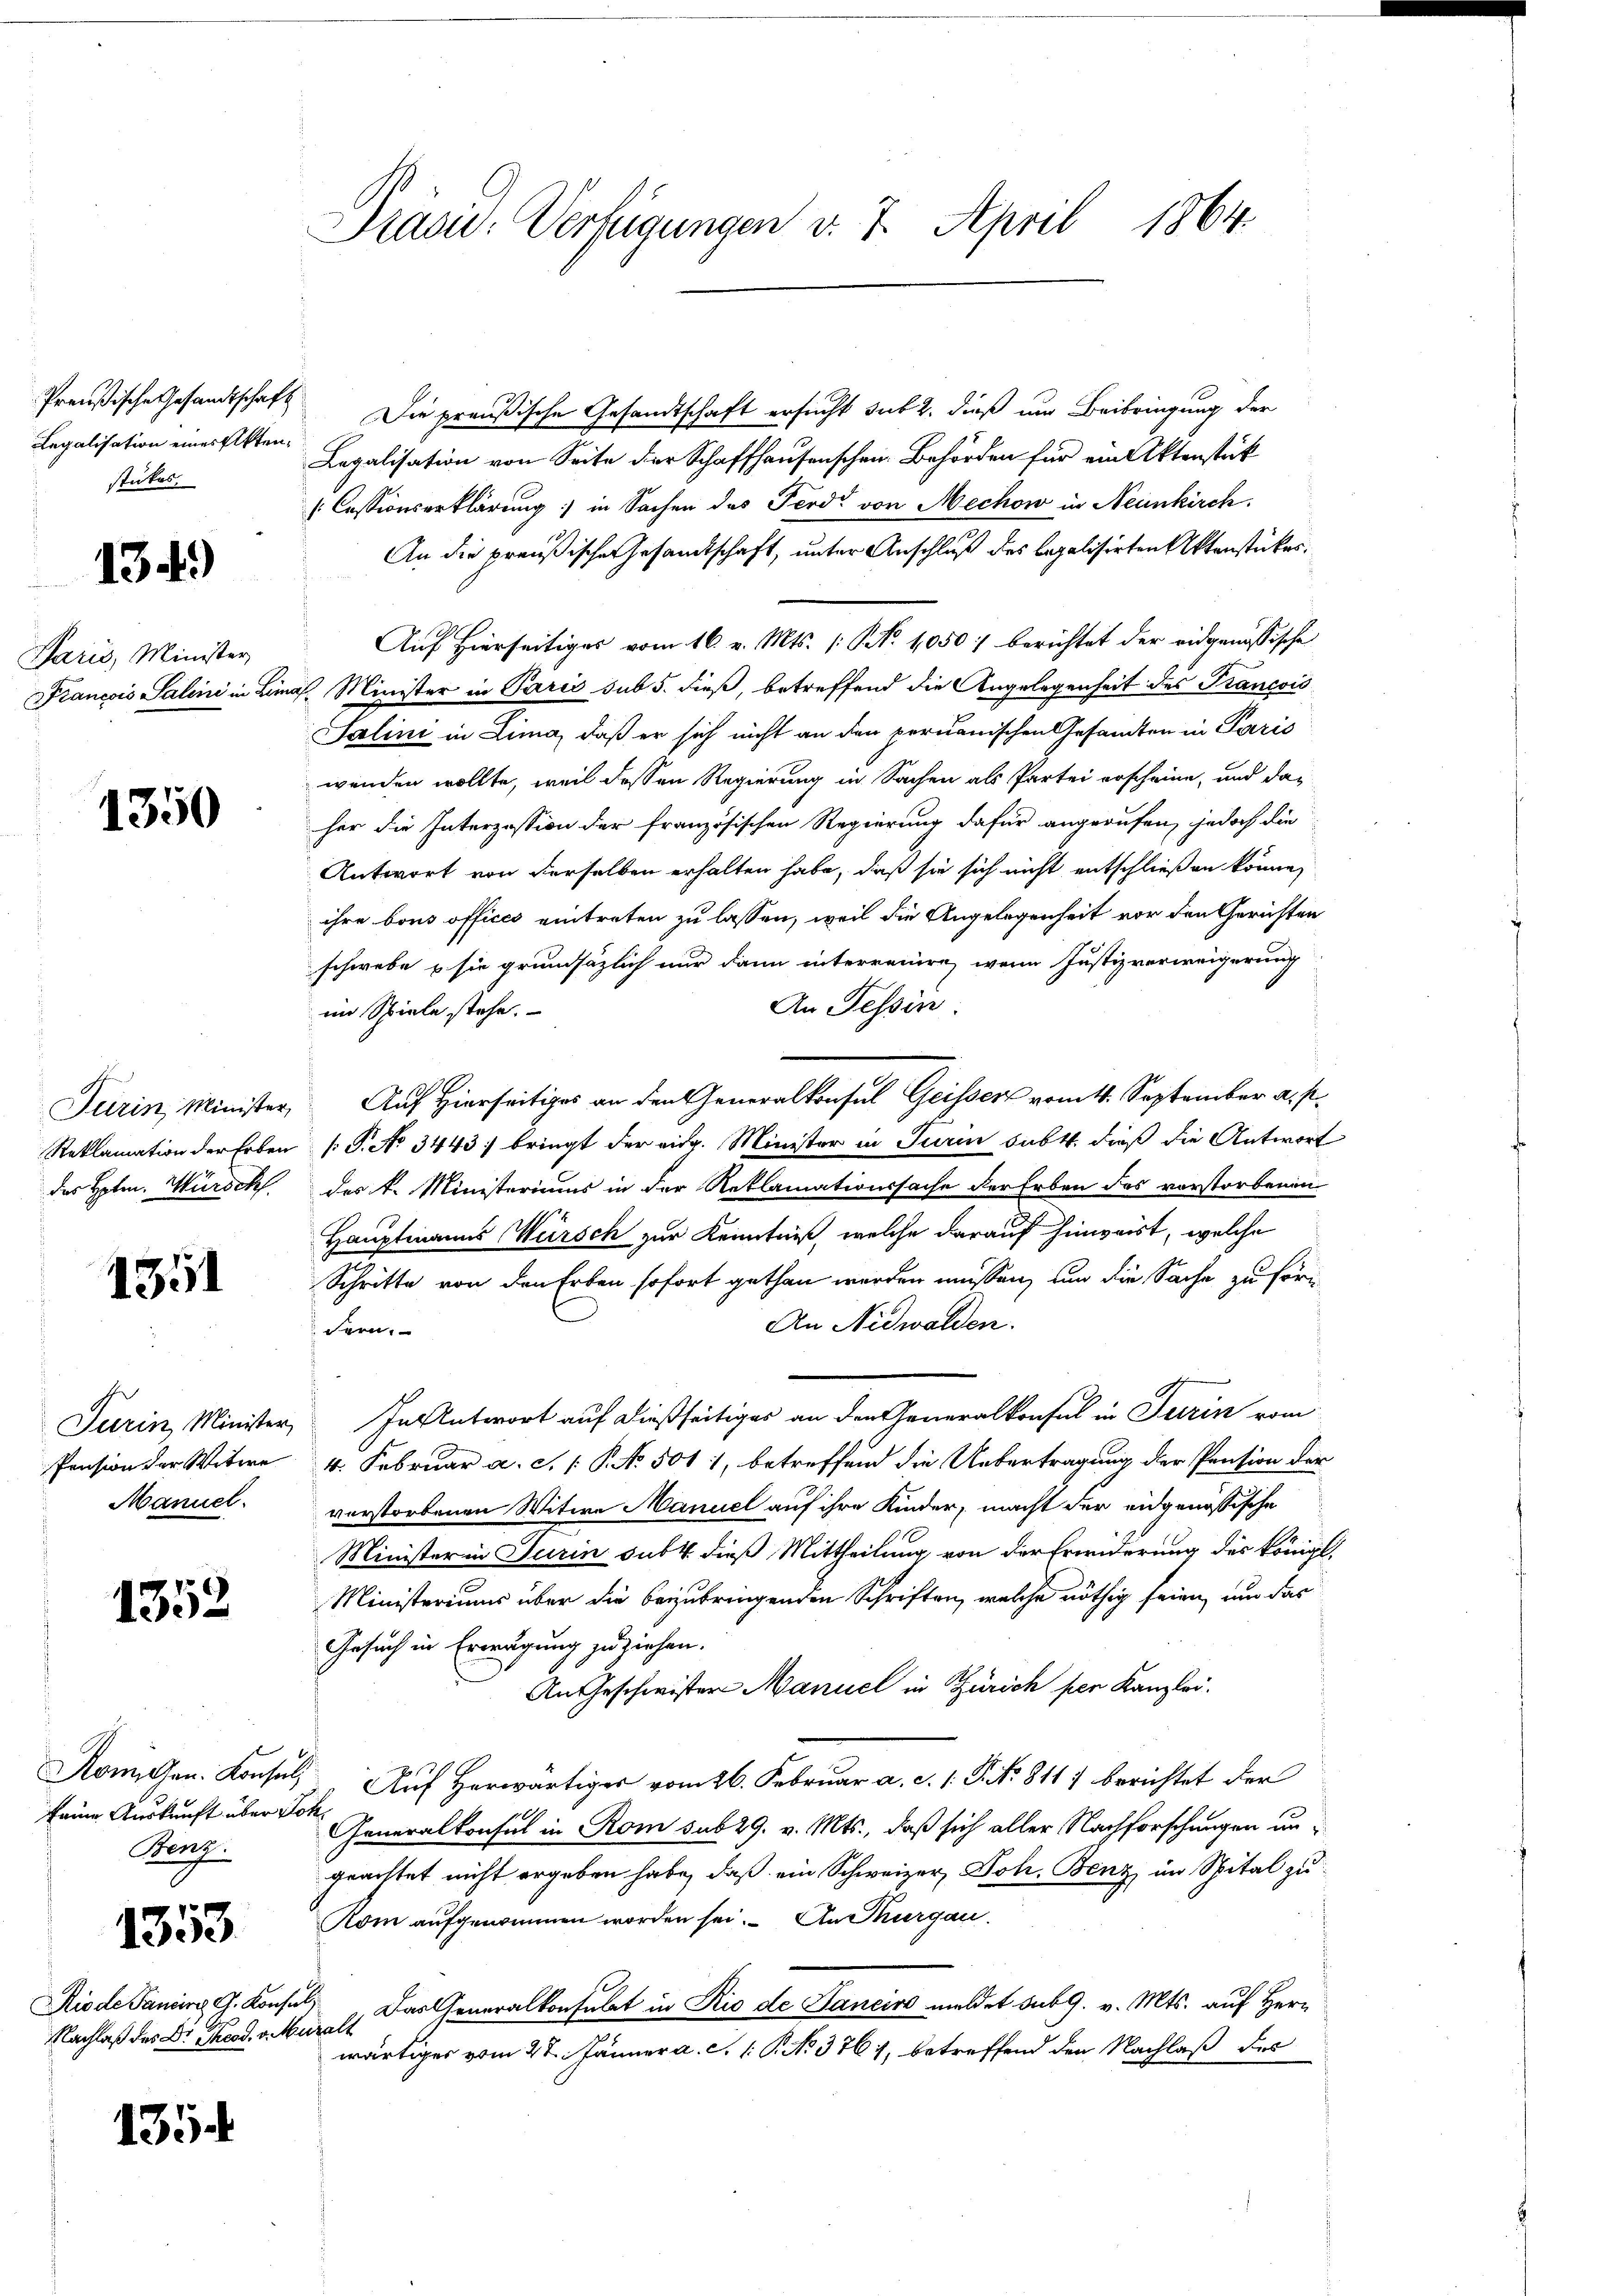
Regalisation einer Aktenstückes.

134.)

Paris, Minister
Francois Salini in Lin

1350

das Hoten. Würschl

1351

Pension der Witwe
Manuel.

1352

Benz.

1353.

Nachlaß des Dr. Theod. v. Muralt

135.

Präsid.: Verfügungen v. 7. April 1864.

Preußische Gesandtschaft Die preußische Gesandtschaft ersucht sub 2. dieß um Beibringung der
Legalisation von Seite der Schaffhausenschen Behörden für ein Aktenstück
[Cessionserklärung in Sachen das Ferd von Mechow in Neunkirch.
An die preußische Gesamtschaft, unter Anschluß des legalisirten Aktenstückes.
Auf Hierseitiges vom 16. v. Mts. [No 1050 : berichtet der eidgenössische
nach Minister in Paris sub 5. dieß, betreffend die Angelegenheit des Trancois
Salini in Lima, daß er sich nicht an den peruanischen Gesandten in Paris
wenden wollte, weil dessen Regierung in Sachen als Partei erscheine, und das
her die Interzession der französischen Regierung dafür angerufen, jedoch die
Antwort von derselben erhalten habe, daß sie sich nicht entschließen könne,
ihre bous offices eintreten zu lassen, weil die Angelegenheit vor den Gerichten
schwebe & sie grundsätzlich nur dann interrenire, wenn Justizverweigerung
An Tessin:
im Spiele stehe.
Turin, Minister, Auf Hierseitiges an den Generalkonsul Geissers vom 1. September a. p.
Reklamation der Erben (: P. No 3443) bringt der eidg. Minister in Turin habt, dieß die Antwort
des k. Ministeriums in der Reklamationssache der Erben des vorstorbenen
Hauptmanns ersch zur Kenntniß, welche darauf hinweist, welche
Schritte von den Erben sofort gethan werden müssen, um die Sache zu för¬
An Nidwalden.
Fern.
Turin Minister, In Antwort auf dießseitiges an den Generalkonsul in Turin vom
4. Februar a. c. P. No. 501 1, betreffend die Uebertragung der Pension der
verstorbenen Witwe Manuel auf ihre Kinder, macht der eidgenössische
Minister in Jurin sub 4 dieß Mittheilung von der Erinderung des königl.
Ministeriums über die beizubringenden Schriften, welche nöthig seien, um das
Gesuch in Erwägung zu ziehen.
An Geschwister Manuel in Zürich per Kanzlei.
Konnten. Konsul, Auf Herwärtiger vom 26. Februar a. c. 1. P. Nr. 811) berichtet der
seine Auskunft über von Generalkonsul in Rom sub 29. v. Mts., daß sich aller Nachforschungen ungeachtet nicht ergeben habe, daß ein Schweizer, Joh. Benz im Spital zu
Kom aufgenommen worden sei. An Thurgau.
Riode Pani G. Konsul Das Generalkonsulat in Rio de Janeiro meldet sub 9. v. Mts. auf Herr
wärtiges vom 27. Jänner a. c. 1: P. No. 3761, betreffend den Nachlaß des